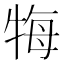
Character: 𤙩